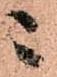
ニ